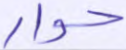
حوار